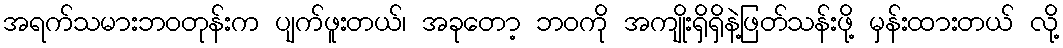
အရက်သမားဘဝတုန်းက ပျက်ဖူးတယ်၊ အခုတော့ ဘ၀ကို အကျိုးရှိရှိနဲ့ဖြတ်သန်းဖို့ မှန်းထားတယ် လို့